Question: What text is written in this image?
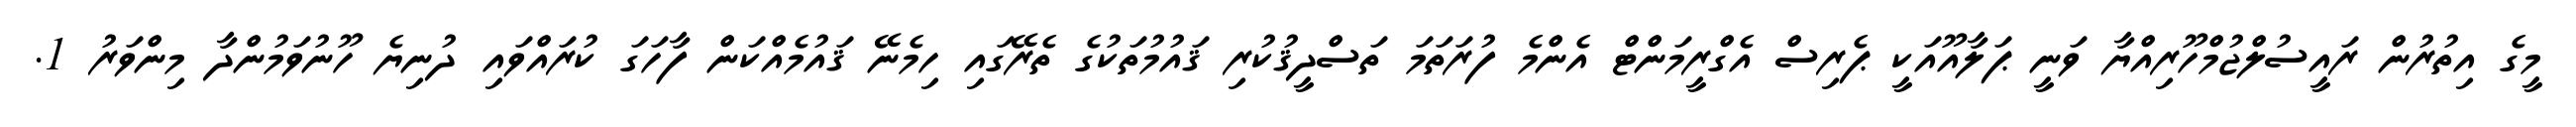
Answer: މީގެ އިތުރުން ރައީސުލްޖުމްހޫރިއްޔާ ވަނީ ޕަލާއޫއަކީ ޕެރިސް އެގްރީމަންޓް އެންމެ ފުރަތަމަ ތަސްދީޤުކުރި ޤައުމުތަކުގެ ތެރޭގައި ހިމެނޭ ޤައުމެއްކަން ފާހަގަ ކުރައްވައި ދުނިޔެ ހޫނުވަމުންދާ މިންވަރު 1.